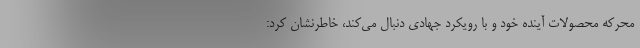
محرکه محصولات آینده خود و با رویکرد جهادی دنبال می‌کند، خاطرنشان کرد: